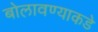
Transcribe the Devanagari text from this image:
बोलावण्याकडे